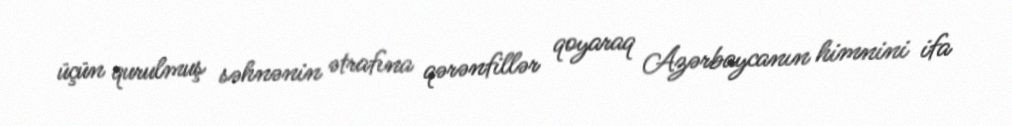
üçün qurulmuş səhnənin ətrafına qərənfillər qoyaraq Azərbaycanın himnini ifa